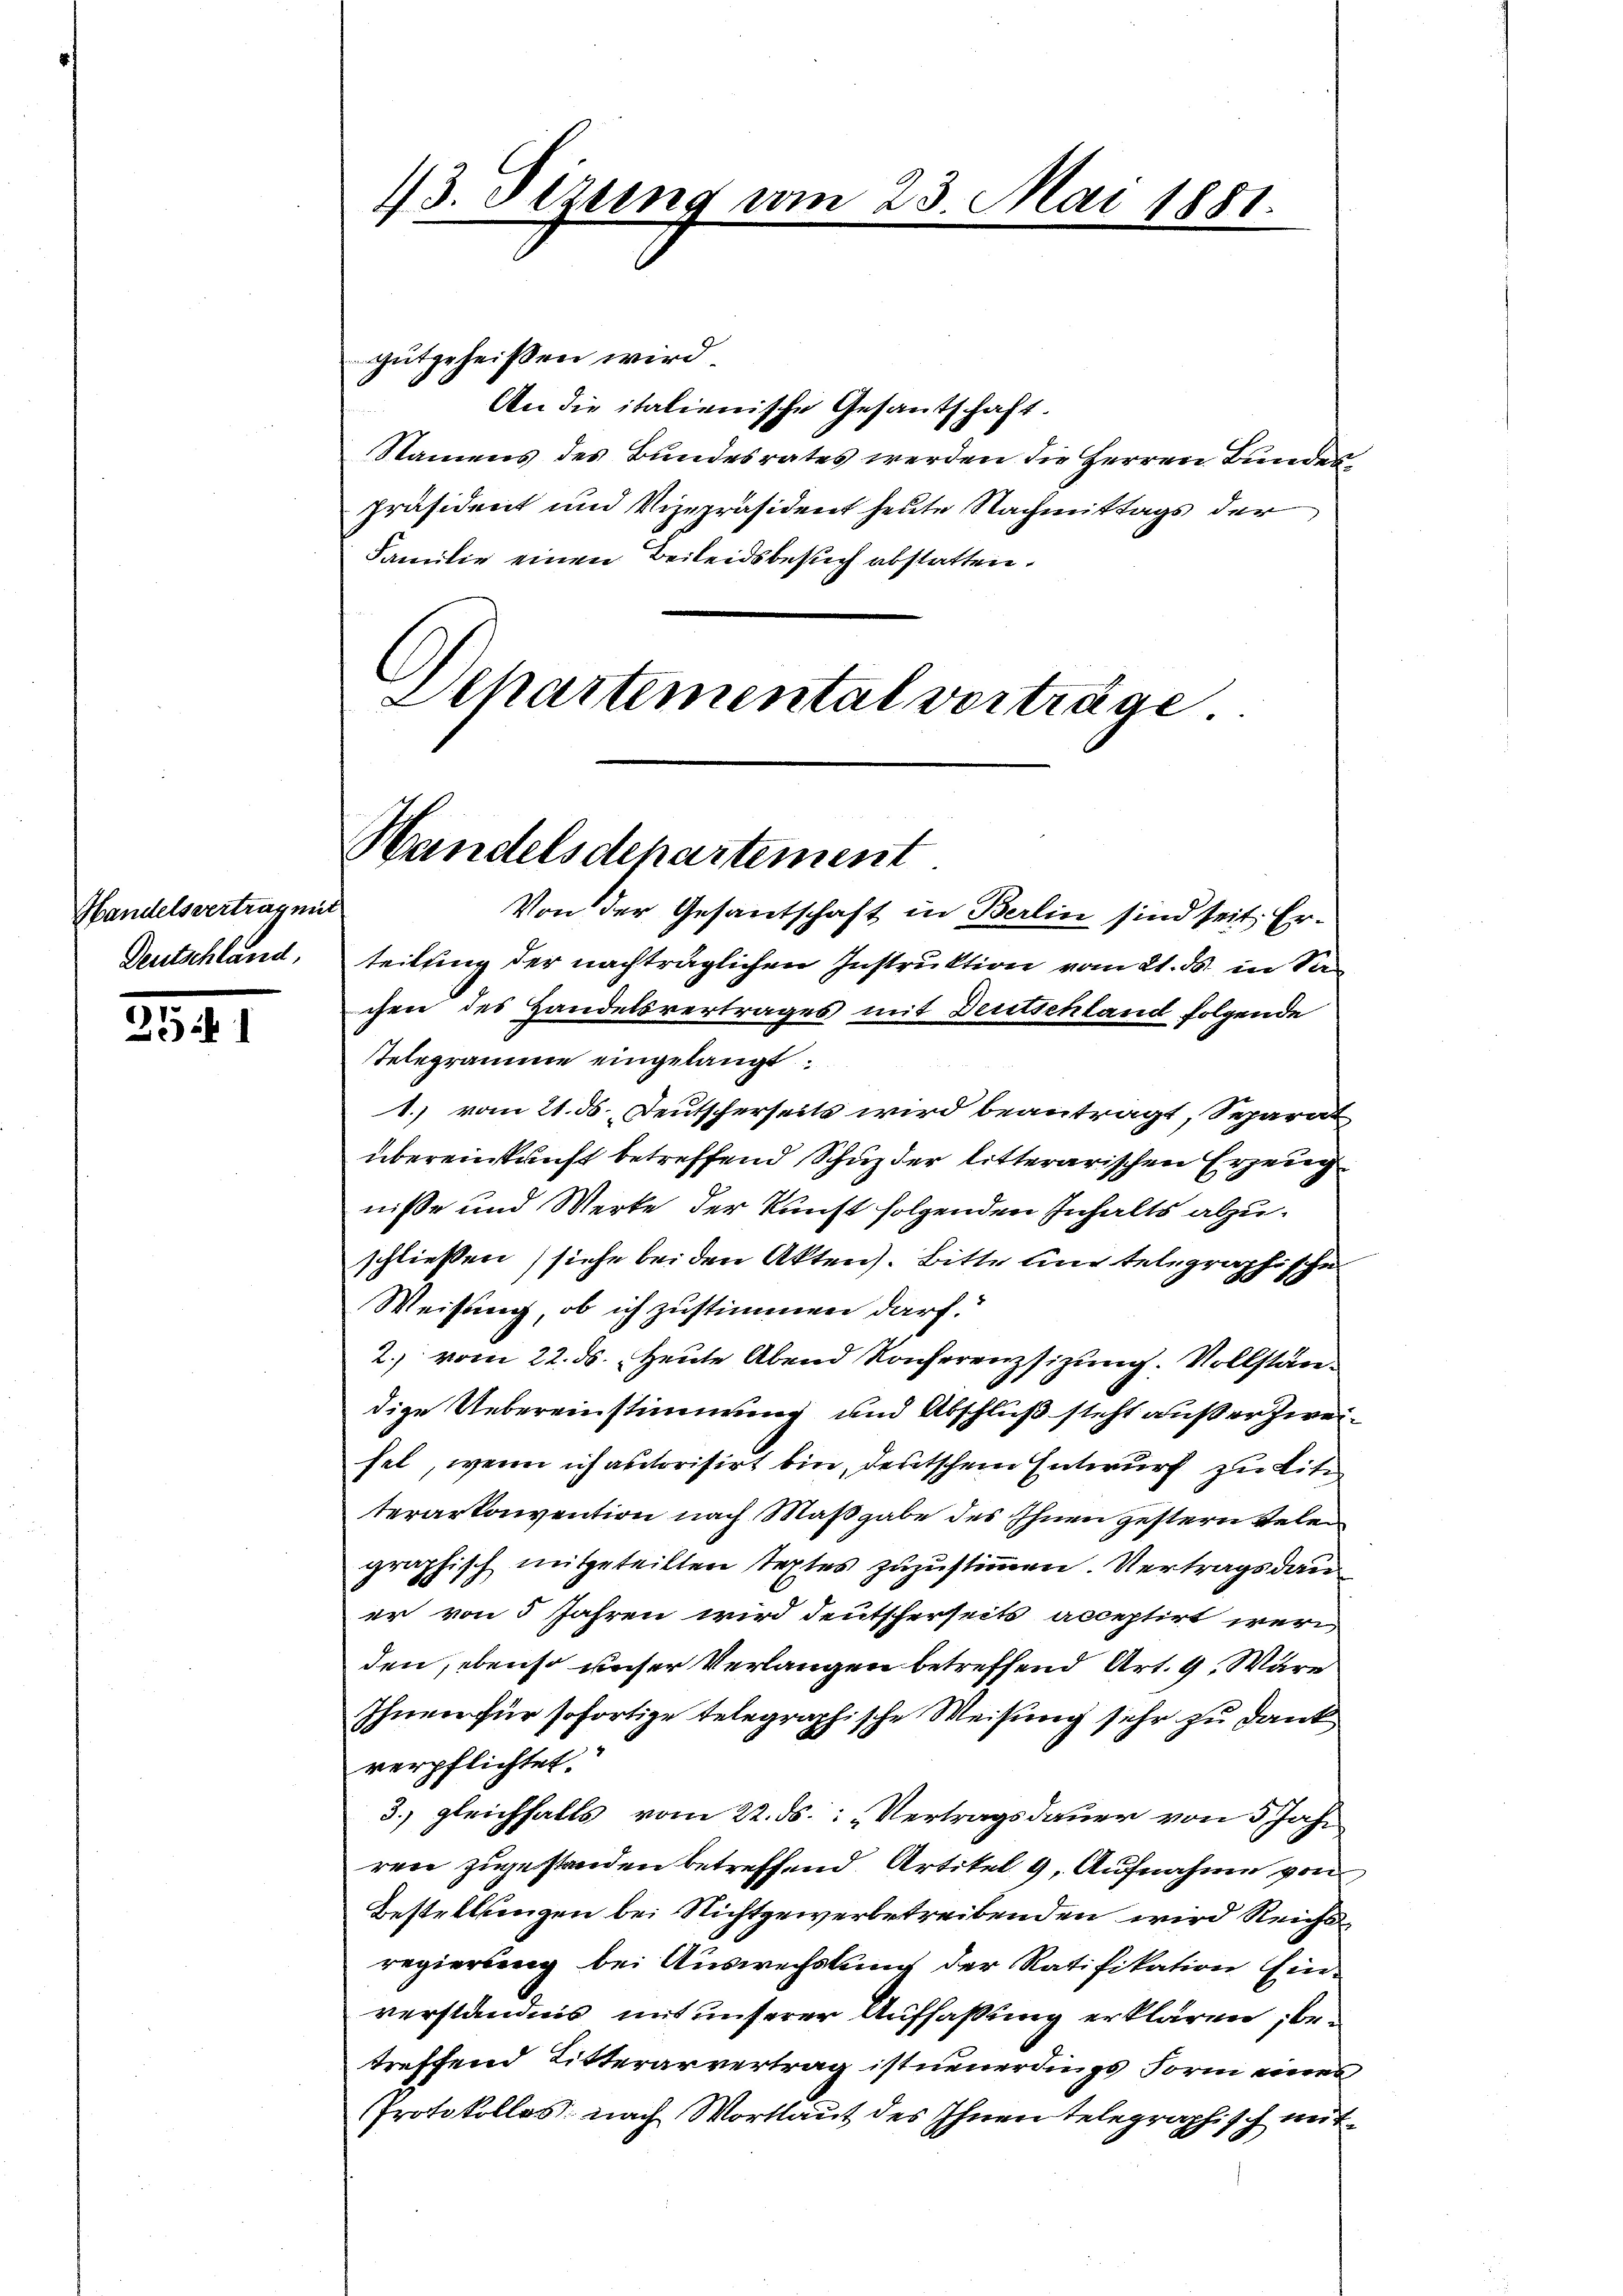
Handelsvertrag mit
Deutschland,

m
2541

13. Dezung von

23. Mai 1881

Schartemental vorträge.

Handelsdepartement

gutgeheißen wird.
An die italienische Gesantschaft.
Namens des Bundesrates werden die Herren Bundespräsident und Vizepräsident heute Nachmittags der
Familie einen Beileidsbesuch abstatten.
Von der Gesantschaft in Berlin sind seit Erteilung der nachträglichen Instruktion vom 21. ds. in Sachen des Handelsvertrages mit Deutschland folgende
Telegramme eingelangt.
1.) vom 21. ds. Deutscherseits wird beantragt, Separat
übereinkunft betreffend Schuz der litterarischen Erzeug
niße und Werke der Kunst folgenden Inhalts abzuschließen (siehe bei den Akten. Bitte und telegraphische
Weisung, ob ich zustimmen darf.
2. vom 22. ds. Heute Abend Konferenzsizung. Vollständige Uebereinstimmung und Abschluß steht außer zweifel, wenn ich autorisirt bin, deutschem Entwurf zu Lite
terartoivention nach Maßgabe des Ihnen gestern Telegraphisch mitgeteilten Textes zuzustimmen. Vertrags dan
er von 5 Jahren wird deutscherseits acceptirt wer
den, ebenso unser Verlangen betreffend Art. 9. Wäre
Ihnen für sofortige telegraphische Weisung sehr zu Dank
verpflichtet.
3. gleichfalls vom 22. ds. : „Vertragsdauer von 5 Jahr
ren zugestanden betreffend. Artikel 9, Aufnahme von
Bestellungen bei Nichtgewerbetreibenden wird Reichsregierung bei Auswechslung der Ratifikation Einverständnis uns unserer Auffassung erklären, betreffend Ritterarvertrag ist neuerdings Form eines
Protokollos nach Wortlaut des Ihnen telegraphisch mit¬